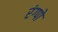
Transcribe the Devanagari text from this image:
रंग्पो